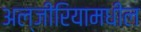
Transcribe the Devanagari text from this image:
अल्जीरियामधील